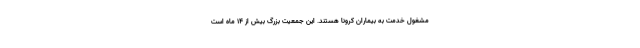
مشغول خدمت به بیماران کرونا هستند. این جمعیت بزرگ بیش از ۱۴ ماه است